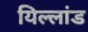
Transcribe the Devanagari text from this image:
यिल्लांड